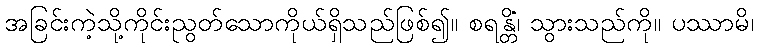
အခြင်းကဲ့သို့ကိုင်းညွတ်သောကိုယ်ရှိသည်ဖြစ်၍။ စရန္တိံ၊ သွားသည်ကို။ ပဿာမိ၊